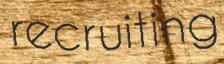
recruiting